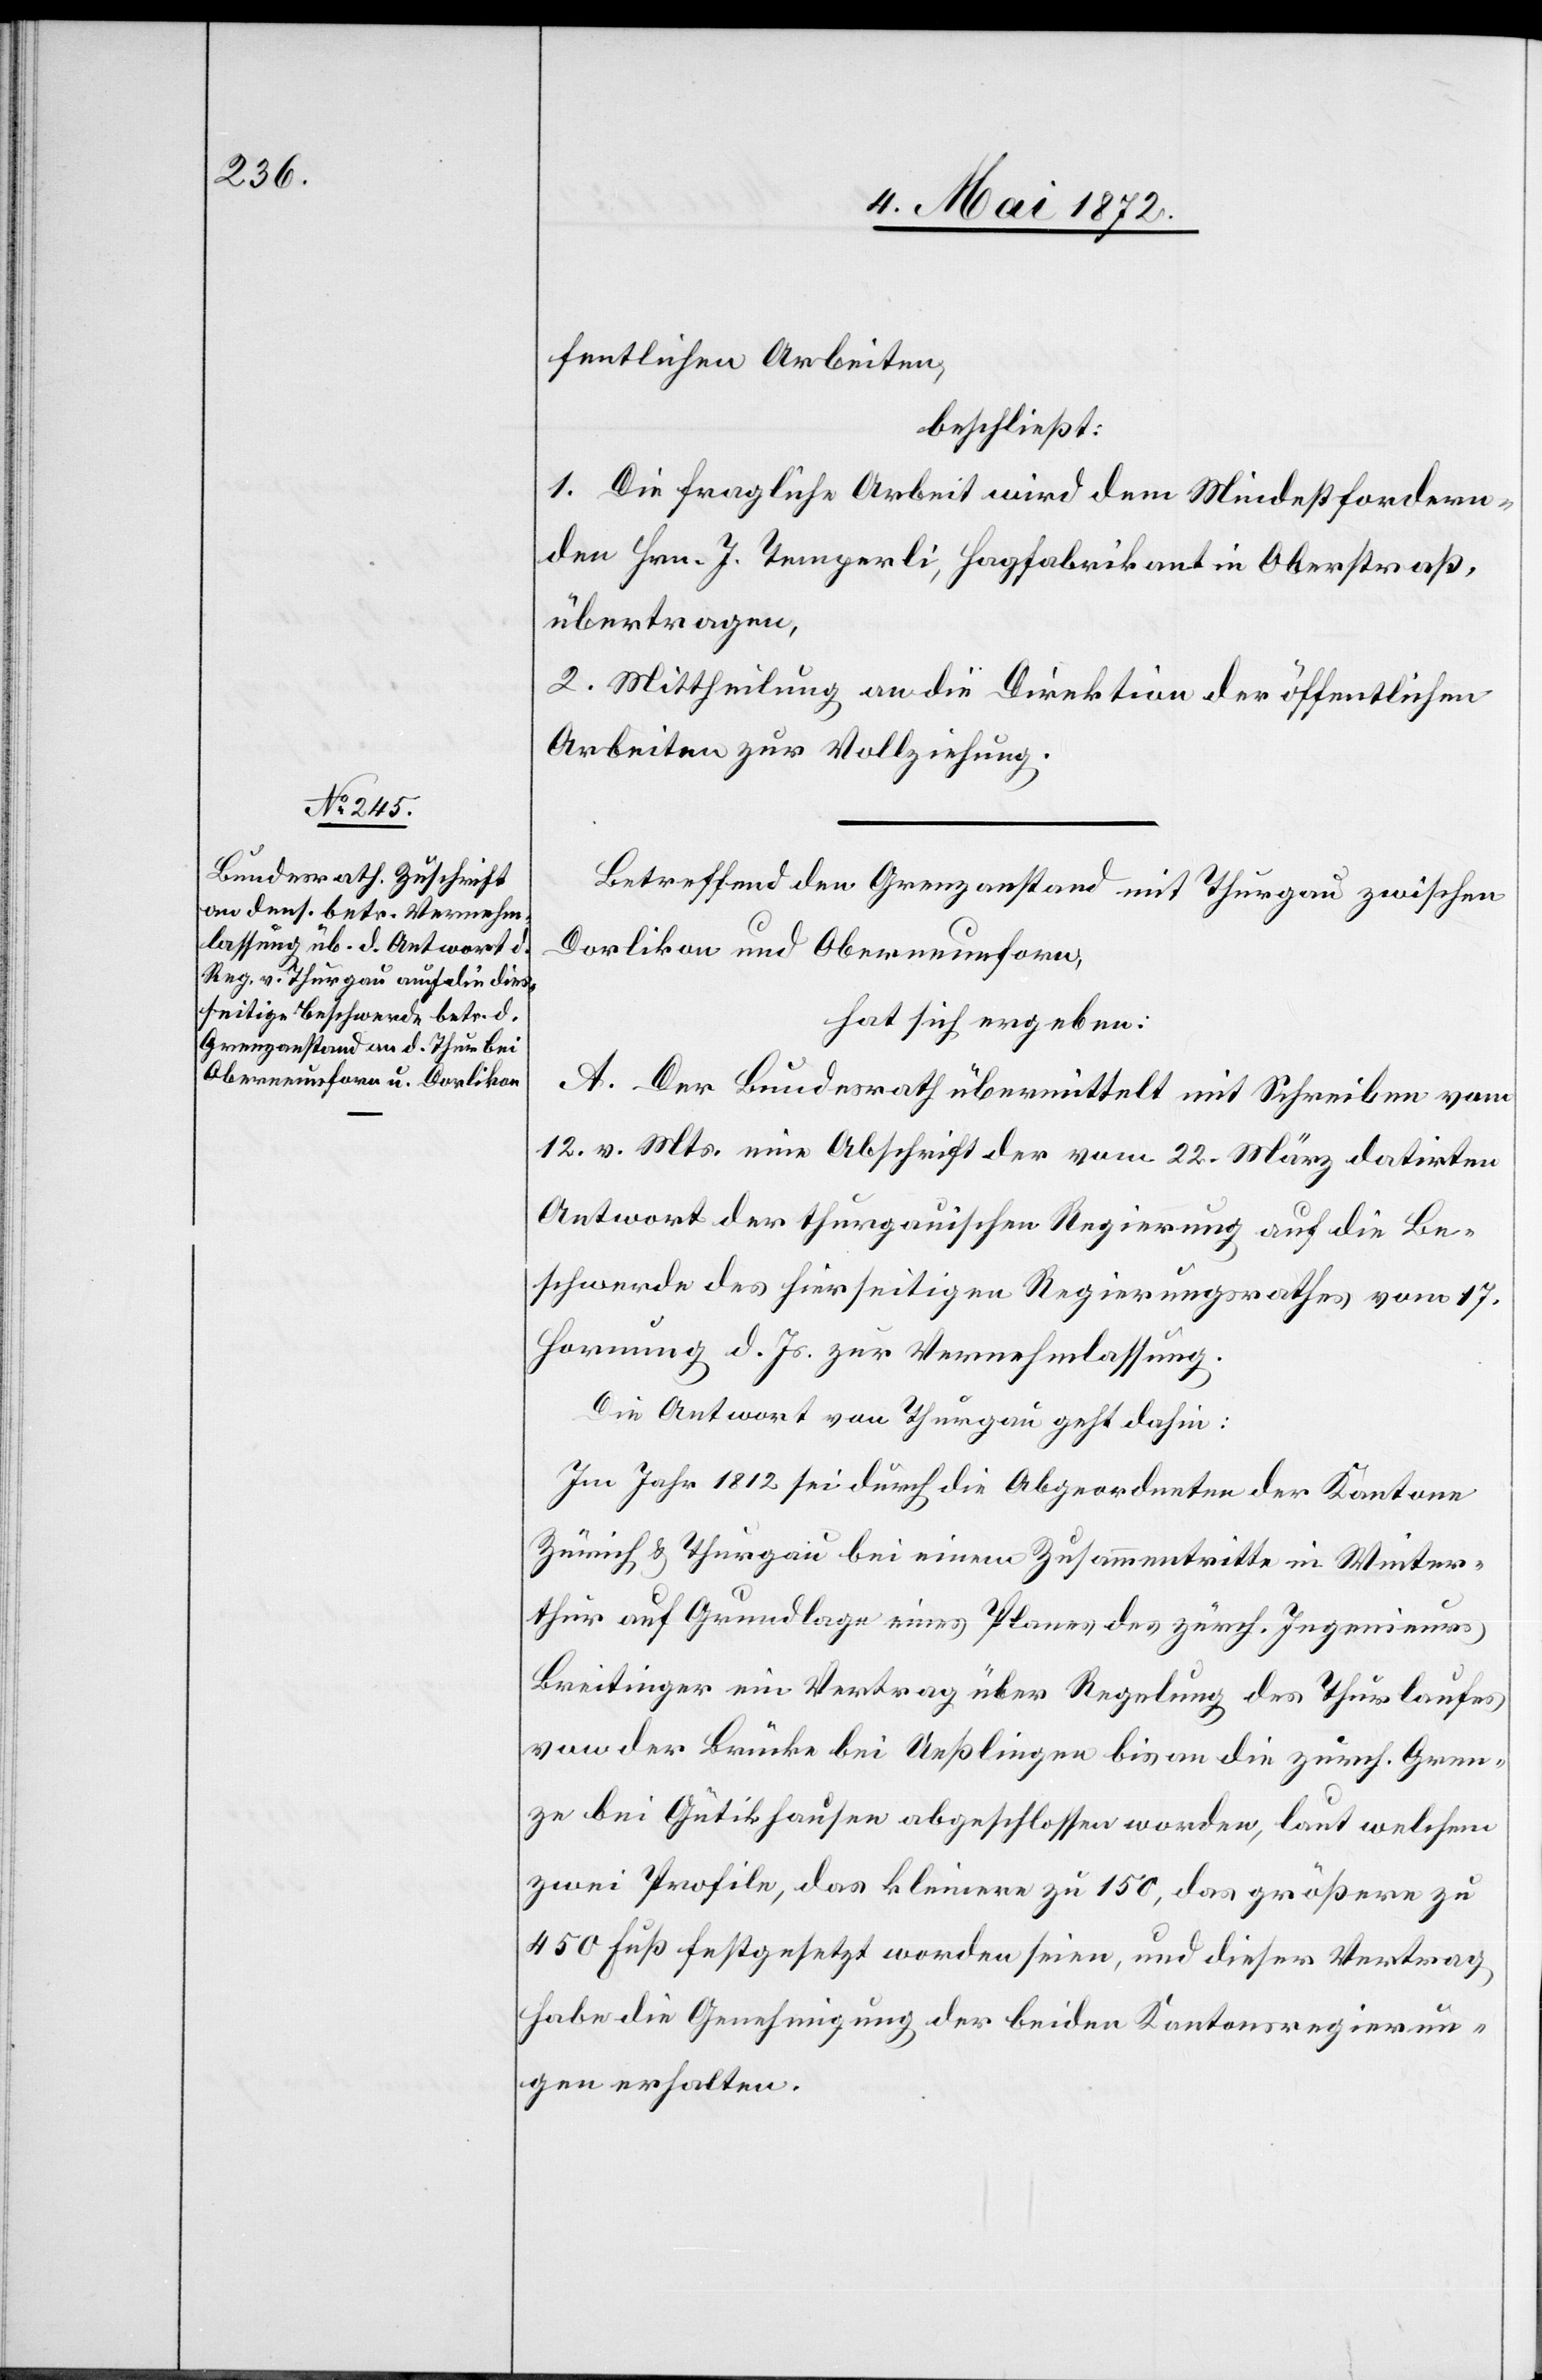
fentlichen Arbeiten,
beschließt:
1. Die fragliche Arbeit wird dem Mindestfordern¬
den Hrn. J. Temperli, Hagfabrikant in Oberstraß,
übertragen.
2. Mittheilung an die Direktion der öffentlichen
Arbeiten zur Vollziehung.
Betreffend den Grenzanstand mit Thurgau zwischen
Dorlikon und Oberneunforn,
hat sich ergeben:
A. Der Bundesrath übermittelt mit Schreiben vom
12. v. Mts. eine Abschrift der vom 22. März datirten
Antwort der thurgauischen Regierung auf die Be¬
schwerde des hierseitigen Regierungsrathes vom 17.
Hornung d. Js. zur Vernehmlassung.
Die Antwort von Thurgau geht dahin:
Im Jahr 1812 sei durch die Abgeordneten der Kantone
Zürich u. Thurgau bei einem Zusammentritte in Winter¬
thur auf Grundlage eines Planes des zürch. Ingenieurs
Breitinger ein Vertrag über Regelung des Thurlaufes
von der Brücke bei Ueßlingen bis an die zürch. Gren¬
ze bei Gütikhausen abgeschlossen worden, laut welchem
zwei Profile, das kleinere zu 150, das größere zu
450 Fuß festgesetzt worden seien, und dieser Vertrag
habe die Genehmigung der beiden Kantonsregierun¬
gen erhalten.